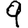
Digit: 9